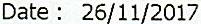
DATE : 26/11/2017